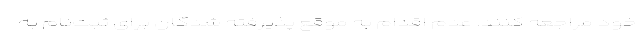
خود مراجعه کنند. عدم ‌اقدام به موقع پذیرفته شدگان برای ثبت‌نام به